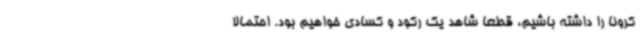
کرونا را داشته باشیم، قطعا شاهد یک رکود و کسادی خواهیم بود. احتمالا